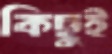
কিছুই